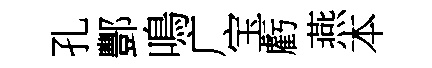
孔酆鳴广宝虧燕本